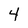
Character: 4